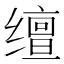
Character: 𬙉